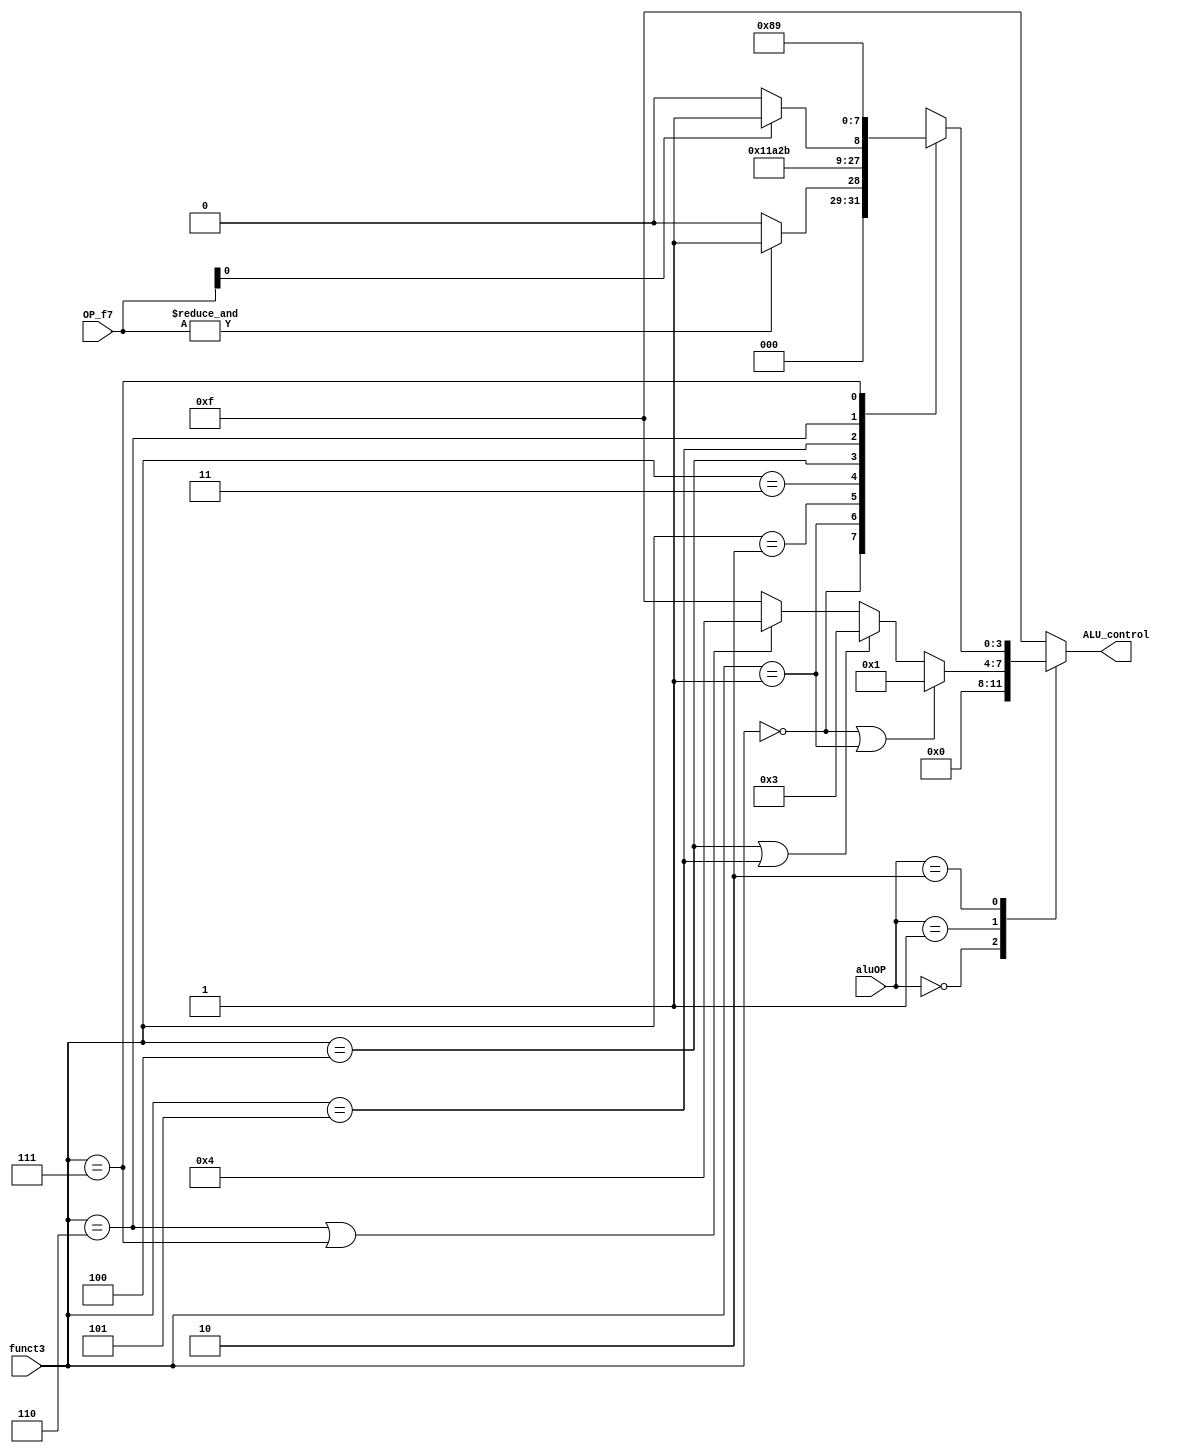
module ALU_decoder (
    input [1:0] aluOP, OP_f7,
    input [2:0] funct3,
    output reg [3:0] ALU_control
);
    localparam ADD  = 0;     localparam SUB = 1;
    localparam SLL  = 2;     localparam SLT = 3;
    localparam SLTU = 4;     localparam XOR = 5;
    localparam SRL  = 6;     localparam SRA = 7;
    localparam OR   = 8;     localparam AND = 9;

    always @(*) begin
        case (aluOP)
            2'b00:      ALU_control = ADD;              // LW, SW, LUI, AUIPC, JAL, JALR
            2'b01:                                      // SB
                if ((funct3 == 3'b000) || (funct3 == 3'b001))
                    ALU_control = SUB;
                else if ((funct3 == 3'b100) || (funct3 == 3'b101))
                    ALU_control = SLT;
                else if ((funct3 == 3'b110) || (funct3 == 3'b111))
                    ALU_control = SLTU;
                else
                    ALU_control = 15;
            2'b10:                                      // R-I Type
                case (funct3)
                    3'b000: 
                        if (&OP_f7)
                            ALU_control = SUB;       
                        else
                            ALU_control = ADD;       
                    3'b001:
                            ALU_control = SLL;      
                    3'b010:
                            ALU_control = SLT;       
                    3'b011:
                            ALU_control = SLTU;     
                    3'b100:
                            ALU_control = XOR;       
                    3'b101:
                        if (OP_f7[0])
                            ALU_control = SRA;       
                        else
                            ALU_control = SRL;    
                    3'b110:
                        ALU_control = OR;       
                    3'b111: 
                        ALU_control = AND;       
                    default: 
                        ALU_control = 15;
                endcase
            default:    ALU_control = 15;   // ALU_result = 0 
        endcase
    end
endmodule